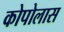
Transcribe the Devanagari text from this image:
कोपोलास